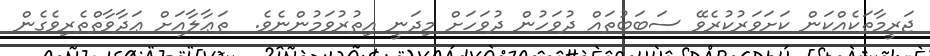
ޖަރީމާތަކެއްކަން ކަށަވަރުކުރެވޭ ސަބަބުތައް ދުވަހުން ދުވަހަށް މިދަނީ އިތުރުވަމުންނެވެ.  ތަޢާލާއަށް ޢަދާވާތްތެރިވެގެން